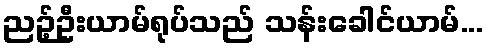
ညဉ့်ဦးယာမ်ရုပ်သည် သန်းခေါင်ယာမ်...